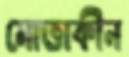
মোত্তাকীন